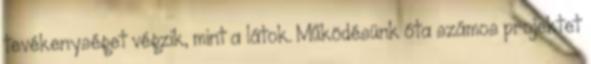
tevékenységet végzik, mint a látok. Működésünk óta számos projektet